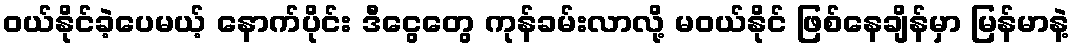
ဝယ်နိုင်ခဲ့ပေမယ့် နောက်ပိုင်း ဒီငွေတွေ ကုန်ခမ်းလာလို့ မဝယ်နိုင် ဖြစ်နေချိန်မှာ မြန်မာနဲ့